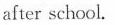
after school.